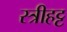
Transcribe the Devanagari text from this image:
स्त्रीहट्ट